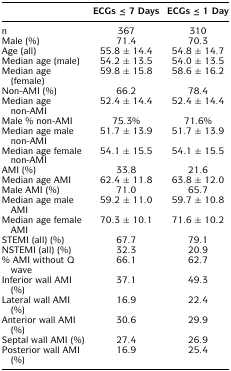
<table><thead><tr><td></td><td><b>ECGs ≤ 7 Days</b></td><td><b>ECGs ≤ 1 Day</b></td></tr></thead><tbody><tr><td>n</td><td>367</td><td>310</td></tr><tr><td>Male (%)</td><td>71.4</td><td>70.3</td></tr><tr><td>Age (all)</td><td>55.8 ± 14.4</td><td>54.8 ± 14.7</td></tr><tr><td>Median age (male)</td><td>54.2 ± 13.5</td><td>54.0 ± 13.5</td></tr><tr><td>Median age (female)</td><td>59.8 ± 15.8</td><td>58.6 ± 16.2</td></tr><tr><td>Non-AMI (%)</td><td>66.2</td><td>78.4</td></tr><tr><td>Median age non-AMI</td><td>52.4 ± 14.4</td><td>52.4 ± 14.4</td></tr><tr><td>Male % non-AMI</td><td>75.3%</td><td>71.6%</td></tr><tr><td>Median age male non-AMI</td><td>51.7 ± 13.9</td><td>51.7 ± 13.9</td></tr><tr><td>Median age female non-AMI</td><td>54.1 ± 15.5</td><td>54.1 ± 15.5</td></tr><tr><td>AMI (%)</td><td>33.8</td><td>21.6</td></tr><tr><td>Median age AMI</td><td>62.4 ± 11.8</td><td>63.8 ± 12.0</td></tr><tr><td>Male AMI (%)</td><td>71.0</td><td>65.7</td></tr><tr><td>Median age male AMI</td><td>59.2 ± 11.0</td><td>59.7 ± 10.8</td></tr><tr><td>Median age female AMI</td><td>70.3 ± 10.1</td><td>71.6 ± 10.2</td></tr><tr><td>STEMI (all) (%)</td><td>67.7</td><td>79.1</td></tr><tr><td>NSTEMI (all) (%)</td><td>32.3</td><td>20.9</td></tr><tr><td>% AMI without Q wave</td><td>66.1</td><td>62.7</td></tr><tr><td>Inferior wall AMI (%)</td><td>37.1</td><td>49.3</td></tr><tr><td>Lateral wall AMI (%)</td><td>16.9</td><td>22.4</td></tr><tr><td>Anterior wall AMI (%)</td><td>30.6</td><td>29.9</td></tr><tr><td>Septal wall AMI (%)</td><td>27.4</td><td>26.9</td></tr><tr><td>Posterior wall AMI (%)</td><td>16.9</td><td>25.4</td></tr></tbody></table>